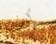
كيف